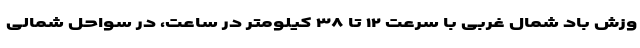
وزش باد شمال غربی با سرعت ۱۲ تا ۳۸ کیلومتر در ساعت، در سواحل شمالی